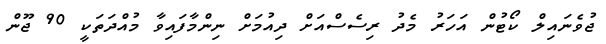
ޖުވެނައިލް ކޯޓުން އަހަރު މެދު ރިސެސްއަށް ދިއުމަށް ނިންމާފައިވާ މުއްދަތަކީ 90 ޖޫން